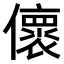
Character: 𠐦